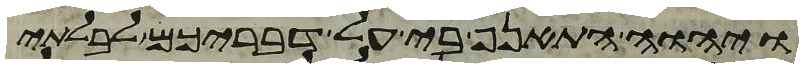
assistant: ויהוה התאנף בי על דבריכם לבלתי